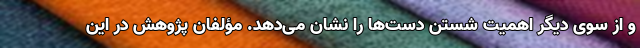
و از سوی دیگر اهمیت شستن دست‌ها را نشان می‌دهد. مؤلفان پژوهش در این